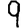
Digit: 9